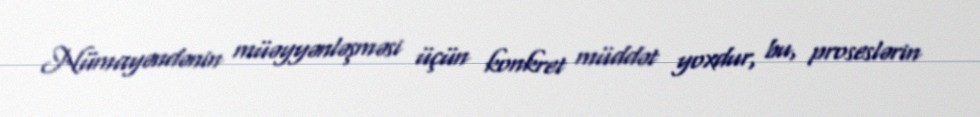
Nümayəndənin müəyyənləşməsi üçün konkret müddət yoxdur, bu, proseslərin